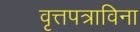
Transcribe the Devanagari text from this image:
वृत्तपत्राविना